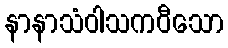
နာနာသံဝါသကဝီသော